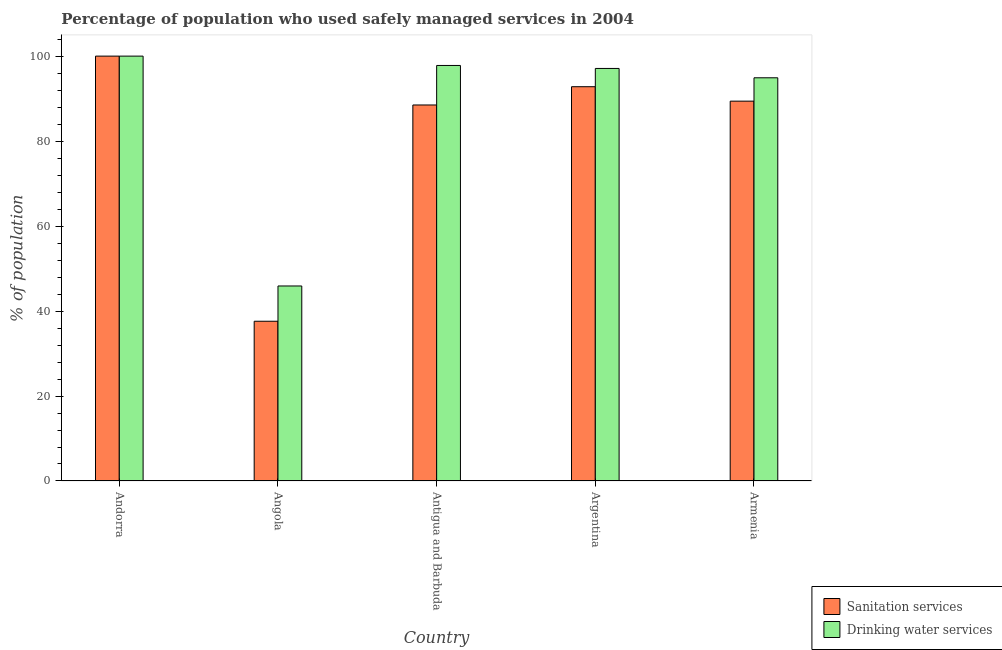
| Country | Sanitation services | Drinking water services |
 | --- | --- | --- |
 | Andorra | 100 | 100 |
 | Angola | 37.6 | 45.9 |
 | Antigua and Barbuda | 88.5 | 97.8 |
 | Argentina | 92.8 | 97.1 |
 | Armenia | 89.4 | 94.9 |